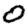
Digit: 0